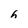
Character: h